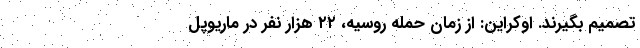
تصمیم بگیرند. اوکراین: از زمان حمله روسیه، ۲۲ هزار نفر در ماریوپل